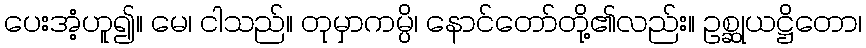
ပေးအံ့ဟူ၍။ မေ၊ ငါသည်။ တုမှာကမ္ပိ၊ နောင်တော်တို့၏လည်း။ ဥစ္ဆုယဋ္ဌိတော၊